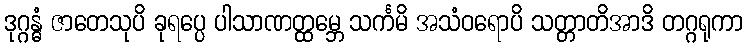
ဒုဂ္ဂန္ဓံ ဇာတေသုပိ ခုရပ္ပေ ပါသာဏတ္ထမ္ဘေ သင်္ကမိ အသံဝရောပိ သတ္တာတိအာဒိ တဂ္ဂရုကာ